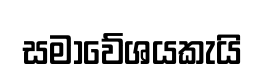
සමාවේශයකැයි